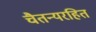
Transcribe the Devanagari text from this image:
चैतन्यरहित